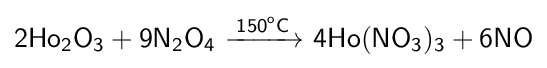
{\mathsf {2Ho_{2}O_{3}+9N_{2}O_{4}\ {\xrightarrow {150^{o}C}}\ 4Ho(NO_{3})_{3}+6NO}}